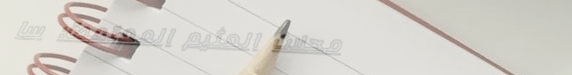
محلات العثيم المعتمدة: سا